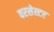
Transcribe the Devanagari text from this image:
वरसेस्टर